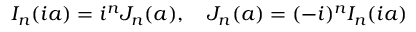
I _ { n } ( i a ) = i ^ { n } J _ { n } ( a ) , \quad J _ { n } ( a ) = ( - i ) ^ { n } I _ { n } ( i a )